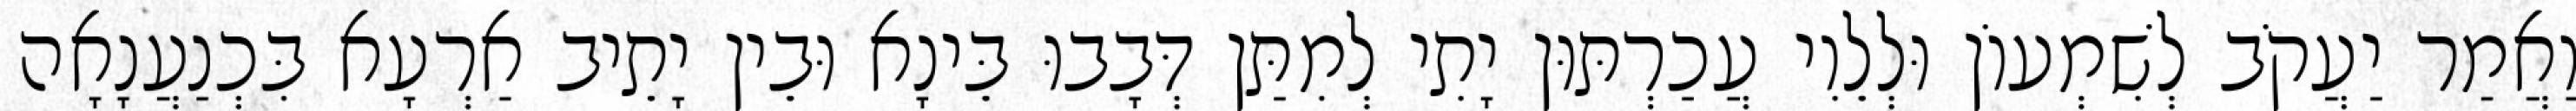
וַאֲמַר יַעֲקֹב לְשִׁמְעוֹן וּלְלֵוִי עֲכַרְתּוּן יָתִי לְמִתַּן דְּבָבוּ בֵּינָא וּבֵין יָתֵיב אַרְעָא בִּכְנַעֲנָאָה